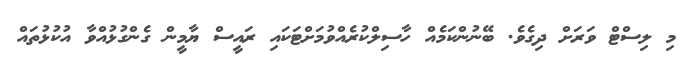
މި ލިސްޓް ވަރަށް ދިގެވެ. ބޭނުންކަމެއް ހާސިލްކުރެއްވުމަށްޓަކައި ރައީސް ޔާމީން ގެންގުޅުއްވާ އުކުޅުތައް